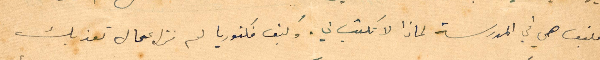
فكيف هي في المدرسة لماذا لا تكتب لي. وكيف فكتوريا لم تزل عمال تعذبك